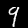
Label: 9